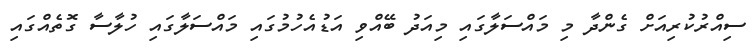
ސިއްރުކުރިއަށް ގެންދާ މި މައްސަލާގައި މިއަދު ބޭއްވި އަޑުއެހުމުގައި މައްސަލާގައި ހުލާސާ ގޮތެއްގައި